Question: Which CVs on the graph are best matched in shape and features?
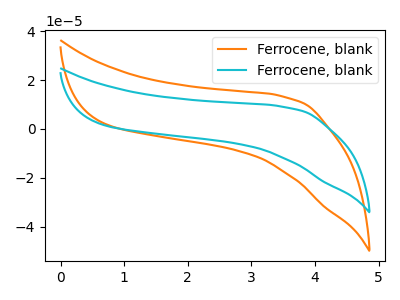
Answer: <think>The orange curve "Ferrocene, blank1" has no peaks. The cyan curve "Ferrocene, blank2" has no peaks.
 Neither "Ferrocene, blank1" or "Ferrocene, blank2" have any peaks.</think>
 <answer>"Ferrocene, blank1" and "Ferrocene, blank2" have the same shape and are likely CV's of the same chemical.</answer>
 <eval>"Ferrocene, blank1" "Ferrocene, blank2"</eval>